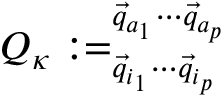
\boldsymbol { Q } _ { \kappa } : = _ { \vec { q } _ { i _ { 1 } } \cdots \vec { q } _ { i _ { p } } } ^ { \vec { q } _ { a _ { 1 } } \cdots \vec { q } _ { a _ { p } } }